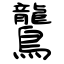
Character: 鸗